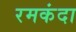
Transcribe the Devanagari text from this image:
रमकंदा